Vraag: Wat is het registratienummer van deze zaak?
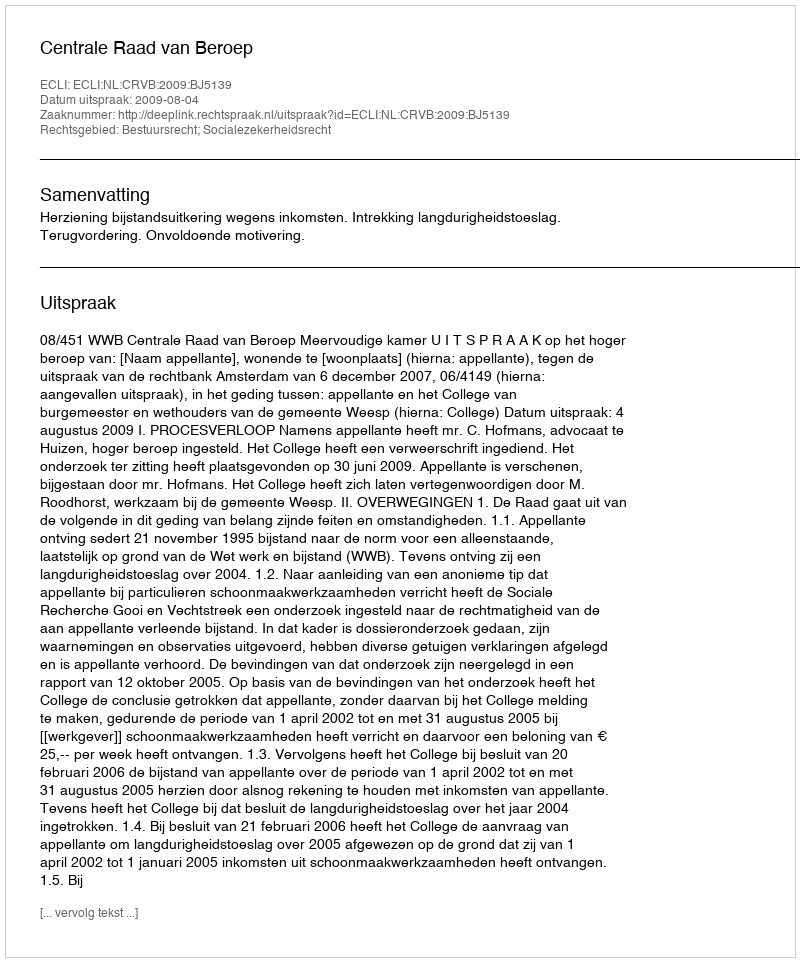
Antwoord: http://deeplink.rechtspraak.nl/uitspraak?id=ECLI:NL:CRVB:2009:BJ5139